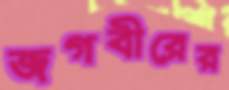
জগবীরের